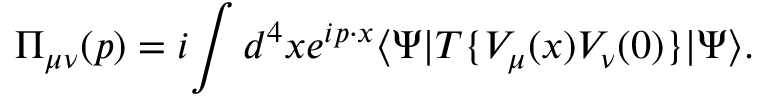
\Pi _ { \mu \nu } ( p ) = i \! \int d ^ { 4 } x e ^ { i p \cdot x } \langle \Psi | T \{ V _ { \mu } ( x ) V _ { \nu } ( 0 ) \} | \Psi \rangle .